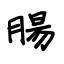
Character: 腸